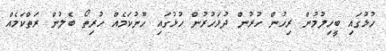
ހުޅުގައި ބީހިލުމުން ރިހުން ހުރުން ދުޅަހުރުން ހުޅުގައި ހޫނުކަމެއް ހުރިތޯ ބެލުން ރަތްކަމެއް